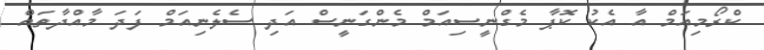
ކްރޯމިއަމް އާ އެކު ކޮޕާ މެގްނީސިއަމް މެންގަނީސް އަދި ސެލެނިއަމް ފަދަ މާއްދާތައް